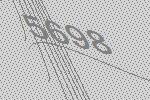
5698